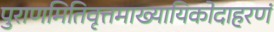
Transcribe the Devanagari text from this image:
पुराणमितिवृत्तमाख्यायिकोदाहरणं